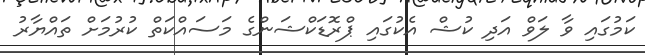
ކަމުގައި ވާ ލަވް އަދި ކުޝް އެކުގައި ޕްރޮޑަކްޝަންގެ މަސައްކަތް ކުރުމަށް ތައްޔާރު